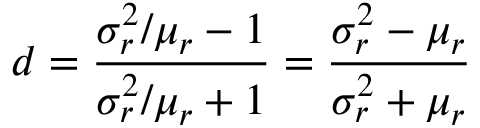
d = \frac { \sigma _ { r } ^ { 2 } / \mu _ { r } - 1 } { \sigma _ { r } ^ { 2 } / \mu _ { r } + 1 } = \frac { \sigma _ { r } ^ { 2 } - \mu _ { r } } { \sigma _ { r } ^ { 2 } + \mu _ { r } }